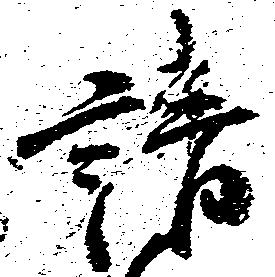
請